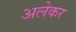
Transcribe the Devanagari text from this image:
अलेकर